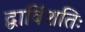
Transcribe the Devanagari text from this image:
द्वाविंशतिः